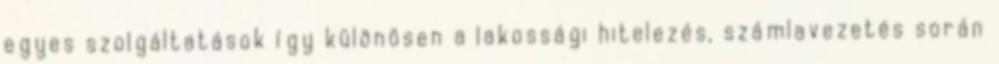
egyes szolgáltatások így különösen a lakossági hitelezés, számlavezetés során